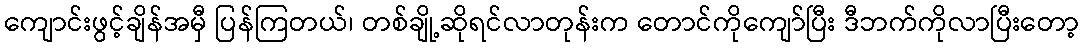
ကျောင်းဖွင့်ချိန်အမှီ ပြန်ကြတယ်၊ တစ်ချို့ဆိုရင်လာတုန်းက တောင်ကိုကျော်ပြီး ဒီဘက်ကိုလာပြီးတော့